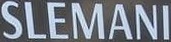
SLEMANI